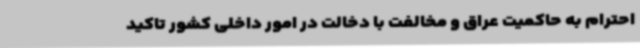
احترام به حاکمیت عراق و مخالفت با دخالت در امور داخلی کشور تاکید